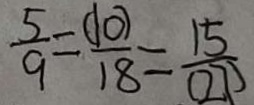
\frac { 5 } { 9 } = \frac { ( 1 0 ) } { 1 8 } = \frac { 1 5 } { ( 2 7 ) }